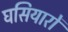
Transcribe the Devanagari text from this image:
घसियारों